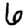
Digit: 6